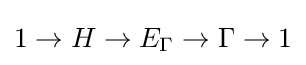
1\to H\to E_{\Gamma }\to \Gamma \to 1